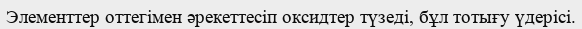
Элементтер оттегімен әрекеттесіп оксидтер түзеді, бұл тотығу үдерісі.